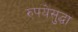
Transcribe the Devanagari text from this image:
रुपयेसुद्धा